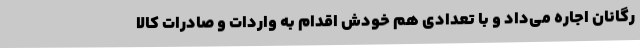
رگانان اجاره می‌داد و با تعدادی هم خودش اقدام به واردات و صادرات کالا